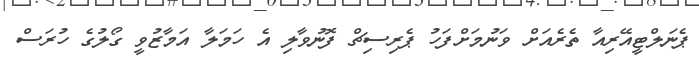
ޕެނަލްޓީއޭރިއާ ތެރެއަށް ވަނުމަށްފަހު ޕެރިސިޗް ފޮނުވާލި އެ ހަމަލާ އަމާޒުވީ ގޯލުގެ ހުރަސް